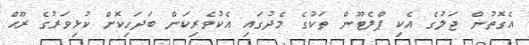
އެގޮތުން ޖަލުގެ އެކި ޕްލެޓޫން ތަކުގެ މެދުގައި އެކުވެރިކަން ބަދަހިކޮށް ކުޅިވަރުގެ ރޫޙް